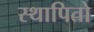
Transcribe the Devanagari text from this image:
स्थापितो